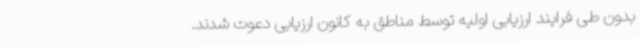
بدون طی فرایند ارزیابی اولیه توسط مناطق به کانون ارزیابی دعوت شدند.